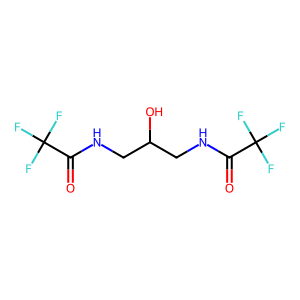
SMILES: O=C(NCC(O)CNC(=O)C(F)(F)F)C(F)(F)F
Inhibits HIV replication: No